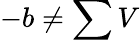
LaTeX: -b\neq\sum V